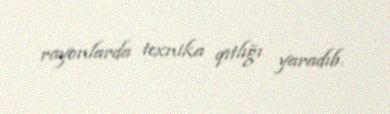
rayonlarda texnika qıtlığı yaradıb.